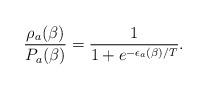
LaTeX: \begin{align*}\frac{\rho_a(\beta)}{P_a(\beta)} =\frac{1}{1+e^{-\epsilon_a(\beta)/T}}.\end{align*}